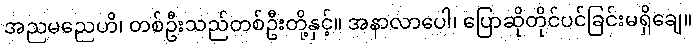
အညမညေဟိ၊ တစ်ဦးသည်တစ်ဦးတို့နှင့်။ အနာလာပေါ၊ ပြောဆိုတိုင်ပင်ခြင်းမရှိချေ။